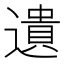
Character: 遺